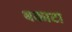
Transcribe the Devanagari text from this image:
बकाटा